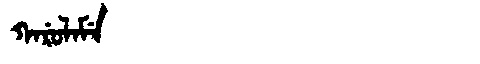
Manchu: ᡴᠠᡵᡠᠯᠠᠮᡝ
Romanization: KARULAME